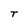
Character: T